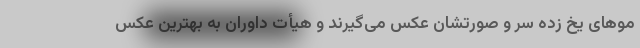
مو‌های یخ زده سر و صورتشان عکس می‌گیرند و هیأت داوران به بهترین عکس